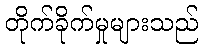
တိုက်ခိုက်မှုများသည်